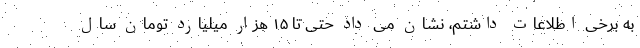
به برخی اطلاعات داشتم، نشان می داد حتی تا ۱۵ هزار میلیارد تومان سال